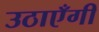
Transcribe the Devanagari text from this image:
उठाएँगी